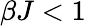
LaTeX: \beta J<1